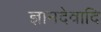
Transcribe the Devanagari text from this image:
ज्ञानदेवादि